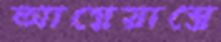
আগ্নেয়াস্ত্রে